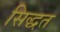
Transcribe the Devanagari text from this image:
सिद्धत